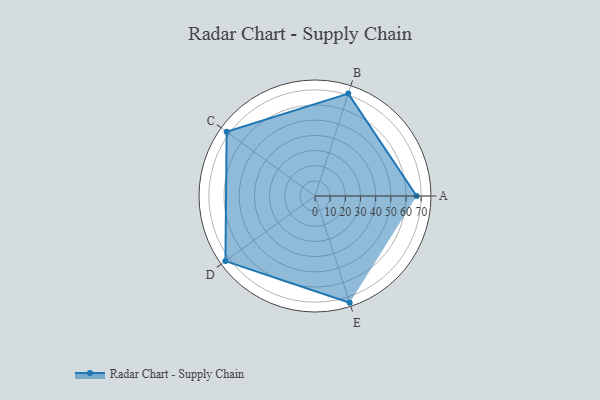
{"axis": {"x": "Skill", "y": "Score"}, "legend": ["Profile"], "data": [{"x": "A", "y": 67.0, "type": "Profile"}, {"x": "B", "y": 71.0, "type": "Profile"}, {"x": "C", "y": 72.0, "type": "Profile"}, {"x": "D", "y": 73.0, "type": "Profile"}, {"x": "E", "y": 74.0, "type": "Profile"}]}